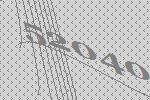
52040